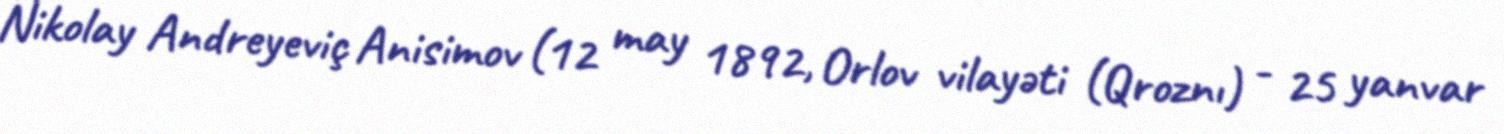
Nikolay Andreyeviç Anisimov (12 may 1892, Orlov vilayəti (Qroznı) - 25 yanvar